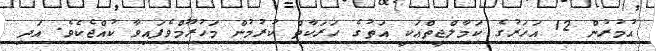
އުމުރުން 12 އަހަރުގެ ކަމާލްޖީތްއަކީ އަތުގެ ހަރަކާތް ކުރުމުން މަހުރޫމްވެފައިވާ ކުއްޖެކެވެ. އަދި